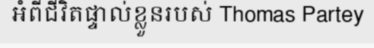
អំពីជីវិតផ្ទាល់ខ្លួនរបស់ Thomas Partey